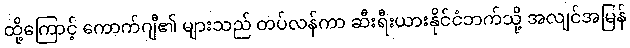
ထို့ကြောင့် ကောက်ဂျီ၏ များသည် တပ်လန်ကာ ဆီးရီးယားနိုင်ငံဘက်သို့ အလျင်အမြန်